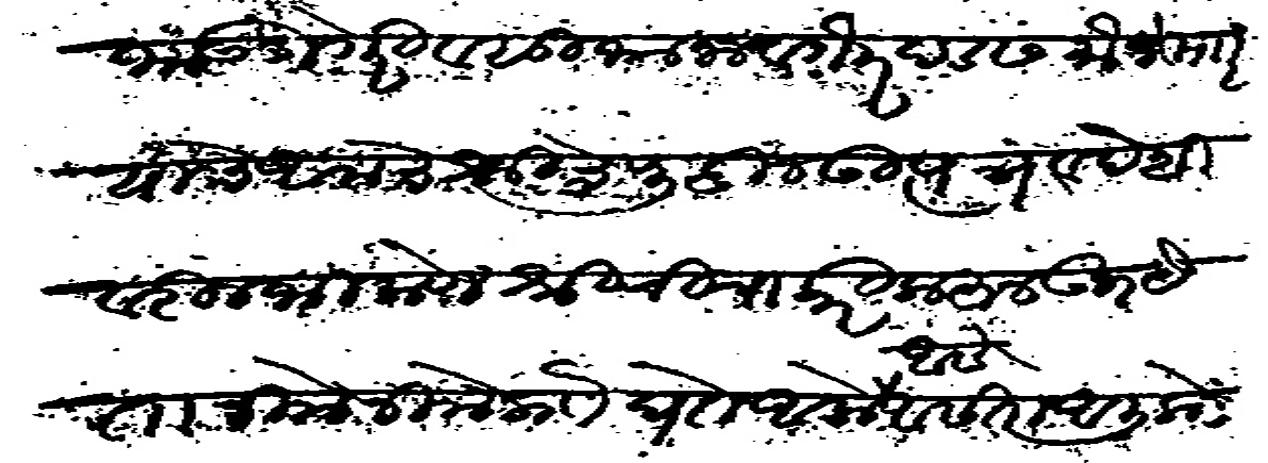
Transliteration (Devanagari): भाऊ डोंगरी व सुभाना वगैरे दडस मौजे माार याचे आमचे श्री पुढील उत्पन्न देशावरील भिकणे श्रीची चाकरी करून उभयेतानी नीमनीम प्राो घेत आलो आसे आसता आलीकडे